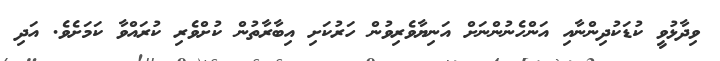
ވިދާޅުވީ ކުޑަކުދިންނާއި އަންހެނުންނަށް އަނިޔާވެރިވުން ހަރުކަށި އިބާރާތުން ކުށްވެރި ކުރައްވާ ކަމަށެވެ. އަދި